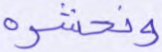
ونحشره